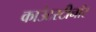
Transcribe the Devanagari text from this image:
काउंटरटीनॉर